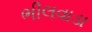
ભીલવાડા